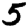
Digit: 5